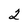
Character: 2